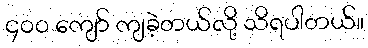
၄၀၀ ကျော် ကျခဲ့တယ်လို့ သိရပါတယ်။